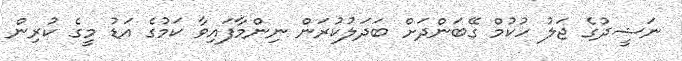
ނަޝީދުގެ ޖަލު ހުކުމް ގޭބަންދަށް ބަދަލުުކުރަން ނިންމާފައިވާ ކަމުގެ އަޑު މީގެ ކުރިން